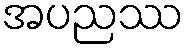
အပညဿ